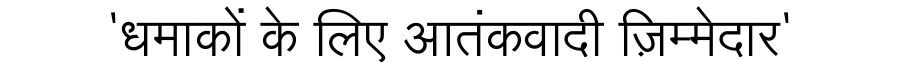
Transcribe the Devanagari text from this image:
'धमाकों के लिए आतंकवादी ज़िम्मेदार'